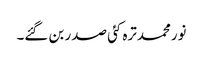
نورمحمدترہ کئی صدر بن گئے۔